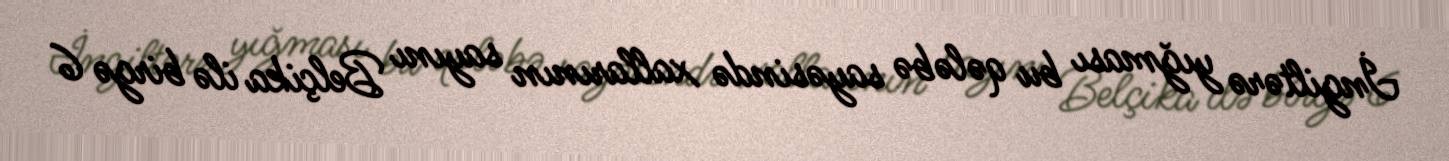
İngiltərə yığması bu qələbə sayəsində xallarının sayını Belçika ilə birgə 6